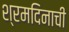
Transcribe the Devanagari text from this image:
श्रमदिनाची